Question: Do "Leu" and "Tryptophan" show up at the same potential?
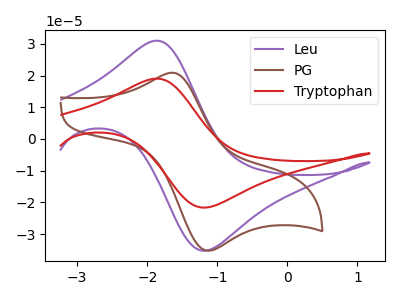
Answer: <think>The purple curve "Leu" has an anodic peak at (-1.85V, 31.00uA) and a cathodic peak at (-1.15V, -35.20uA). The brown curve "PG" has an anodic peak at (-1.65V, 20.90uA) and a cathodic peak at (-1.15V, -35.25uA). The red curve "Tryptophan" has an anodic peak at (-1.85V, 19.05uA) and a cathodic peak at (-1.15V, -21.60uA).
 All the peaks in "Leu" have a peak in "Tryptophan" at the same potential. Every peak in "Leu" is higher than every peak in "Tryptophan".</think>
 <answer>"Leu" and "Tryptophan" are similar in shape.</answer>
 <eval>same_shape</eval>